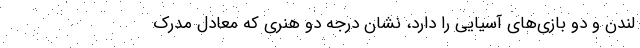
لندن و دو بازی‌های آسیایی را دارد، نشان درجه دو هنری که معادل مدرک